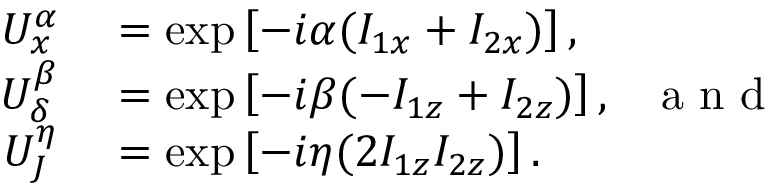
\begin{array} { r l } { U _ { x } ^ { \alpha } } & { { } = \exp \left[ - i \alpha ( I _ { 1 x } + I _ { 2 x } ) \right] , } \\ { U _ { \delta } ^ { \beta } } & { { } = \exp \left[ - i \beta ( - I _ { 1 z } + I _ { 2 z } ) \right] , ~ ~ \mathrm { ~ a ~ n ~ d ~ } } \\ { U _ { J } ^ { \eta } } & { { } = \exp \left[ - i \eta ( 2 I _ { 1 z } I _ { 2 z } ) \right] . } \end{array}